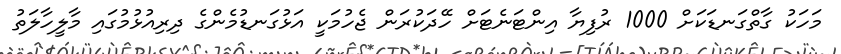
މަހަކު ގާތްގަނޑަކަށް 1000 ރުފިޔާ އިންޓަނެޓަށް ހޭދަކުރަން ޖެހުމަކީ އަޅުގަނޑުމެންގެ ދިރިއުޅުމުގައި މާލީހާލަތު